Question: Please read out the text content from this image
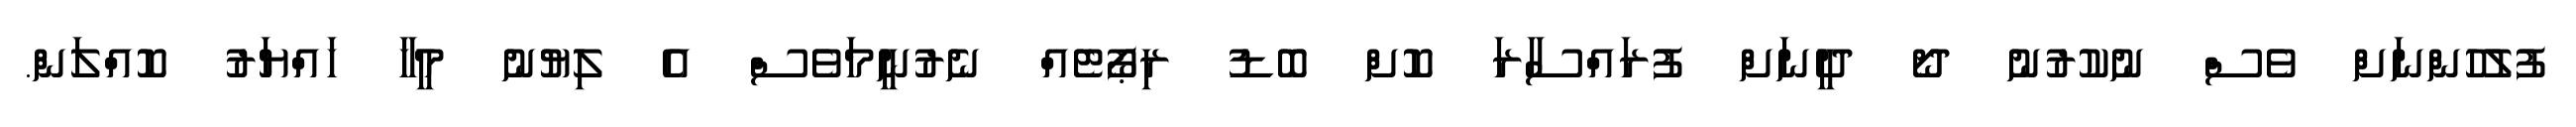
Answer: ފުލުހުންނަށް ވެސް ނުކުރުނު ދޯ ދީނަށް ފުރައްސާރަ ކޮށް ބޮޑު ރިޕޯޓެއް ނެރުނީމަވެސް އެ ލިޔުނު މީހާ ހައްޔަރު ކޮއްލަން.